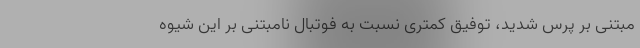
مبتنی بر پرس شدید، توفیق کمتری نسبت به فوتبال نامبتنی بر این شیوه